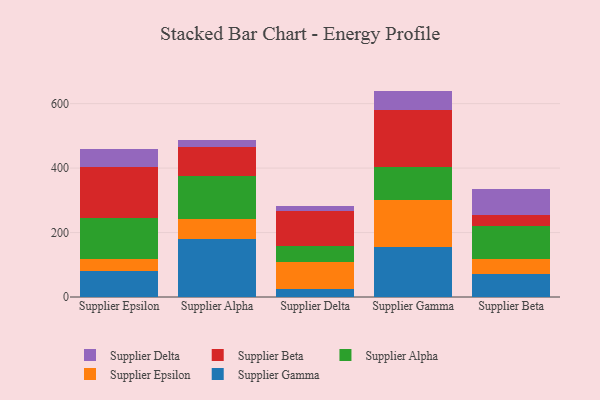
{"axis": {"x": "Supplier", "y": "Churn Rate (%)"}, "legend": ["Supplier Alpha", "Supplier Beta", "Supplier Delta", "Supplier Epsilon", "Supplier Gamma"], "data": [{"x": "Supplier Epsilon", "y": 81.5, "type": "Supplier Gamma"}, {"x": "Supplier Epsilon", "y": 37.6, "type": "Supplier Epsilon"}, {"x": "Supplier Epsilon", "y": 126.6, "type": "Supplier Alpha"}, {"x": "Supplier Epsilon", "y": 156.3, "type": "Supplier Beta"}, {"x": "Supplier Epsilon", "y": 57.0, "type": "Supplier Delta"}, {"x": "Supplier Alpha", "y": 178.8, "type": "Supplier Gamma"}, {"x": "Supplier Alpha", "y": 62.2, "type": "Supplier Epsilon"}, {"x": "Supplier Alpha", "y": 135.5, "type": "Supplier Alpha"}, {"x": "Supplier Alpha", "y": 90.2, "type": "Supplier Beta"}, {"x": "Supplier Alpha", "y": 21.7, "type": "Supplier Delta"}, {"x": "Supplier Delta", "y": 25.1, "type": "Supplier Gamma"}, {"x": "Supplier Delta", "y": 83.5, "type": "Supplier Epsilon"}, {"x": "Supplier Delta", "y": 49.4, "type": "Supplier Alpha"}, {"x": "Supplier Delta", "y": 110.4, "type": "Supplier Beta"}, {"x": "Supplier Delta", "y": 13.4, "type": "Supplier Delta"}, {"x": "Supplier Gamma", "y": 155.9, "type": "Supplier Gamma"}, {"x": "Supplier Gamma", "y": 145.7, "type": "Supplier Epsilon"}, {"x": "Supplier Gamma", "y": 101.8, "type": "Supplier Alpha"}, {"x": "Supplier Gamma", "y": 177.4, "type": "Supplier Beta"}, {"x": "Supplier Gamma", "y": 58.9, "type": "Supplier Delta"}, {"x": "Supplier Beta", "y": 70.8, "type": "Supplier Gamma"}, {"x": "Supplier Beta", "y": 47.4, "type": "Supplier Epsilon"}, {"x": "Supplier Beta", "y": 102.9, "type": "Supplier Alpha"}, {"x": "Supplier Beta", "y": 34.7, "type": "Supplier Beta"}, {"x": "Supplier Beta", "y": 80.7, "type": "Supplier Delta"}]}